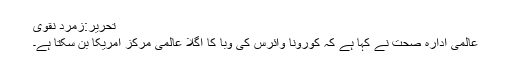
تحریر:زمرد نقوی
عالمی ادارہ صحت نے کہا ہے کہ کورونا وائرس کی وبا کا اگلا عالمی مرکز امریکا بن سکتا ہے۔